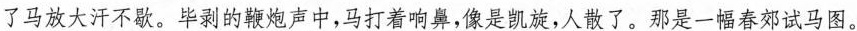
了马放大汗不歇。毕剥的鞭炮声中,马打着响鼻,像是凯旋,人散了。那是一幅春郊试马图。